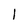
Character: 1